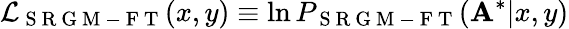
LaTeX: \mathcal{L}_{\mathrm{~S~R~G~M~-~F~T~}}(x,y)\equiv\ln P_{\mathrm{~S~R~G~M~-~F~T~}}(\mathbf{A}^{*}|x,y)